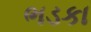
ભડકા